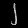
Digit: ၂